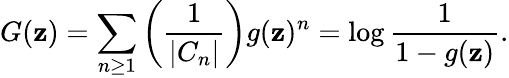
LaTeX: G(\mathbf{z})=\sum_{n\geq1}\left({\frac{{1}}{{|C_{n}|}}}\right)g(\mathbf{z})^{n}=\log{\frac{{1}}{{1-g(\mathbf{z})}}}.